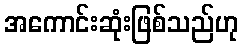
အကောင်းဆုံးဖြစ်သည်ဟု